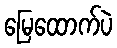
မြေထောက်ပဲ